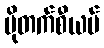
ပိုတက်စီယမ်